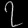
Digit: ၇